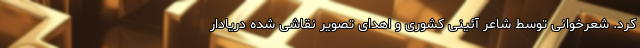
کرد. شعرخوانی توسط شاعر آئینی کشوری و اهدای تصویر نقاشی شده دریادار